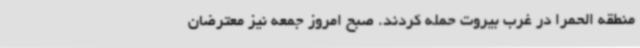
منطقه الحمرا در غرب بیروت حمله کردند. صبح امروز جمعه نیز معترضان